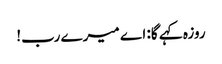
روزہ کہے گا: اے میرے رب!